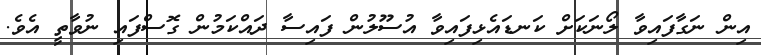
އިން ނަގާފައިވާ ލޯނަކަށް ކަނޑައެޅިފައިވާ އުސޫލުން ފައިސާ ދައްކަމުން ގޮސްފައި ނުވާތީ އެވެ.